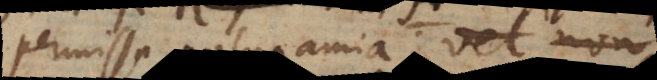
permissa polygamia, vel non